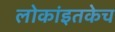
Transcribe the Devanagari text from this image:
लोकांइतकेच